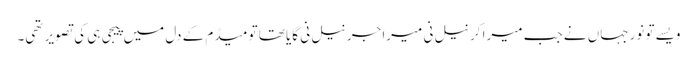
ویسے تو نورجہاں نے جب میرا کرنیل نی میرا جرنیل نی گایا تھا تو میڈم کے دل میں پیجی ہی کی تصویر تھی۔